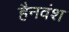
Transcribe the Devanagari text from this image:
हैनवंश